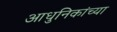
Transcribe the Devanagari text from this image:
आधुनिकांच्या